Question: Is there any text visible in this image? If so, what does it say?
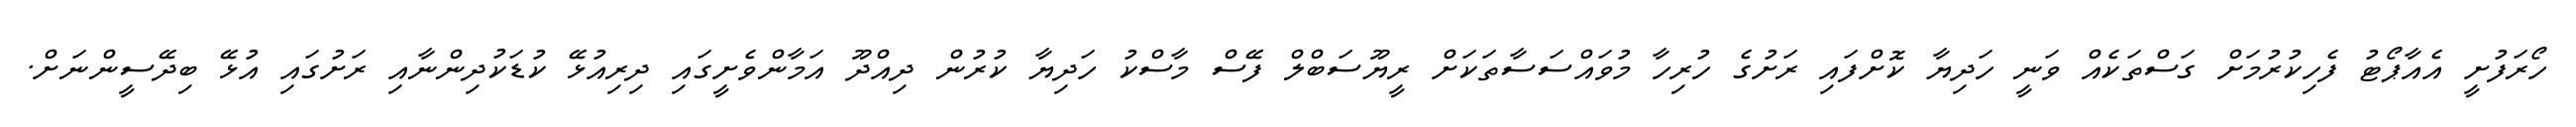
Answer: ހޯރަފުށީ އެއާޕޯޓު ފެހިކުރުމަށް ގަސްތަކެއް ވަނީ ހަދިޔާ ކޮށްފައި ރަށުގެ ހުރިހާ މުވައްސަސާތަކަށް ރީޔޫސަބްލް ފޭސް މާސްކު ހަދިޔާ ކުރުން ދިއްދޫ އަމާންވެށީގައި ދިރިއުޅޭ ކުޑަކުދިންނާއި ރަށުގައި އުޅޭ ބިދޭސީންނަށް.